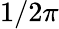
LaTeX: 1/2\pi